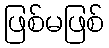
ဖြစ်မဖြစ်